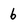
Character: 6